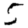
Digit: 5